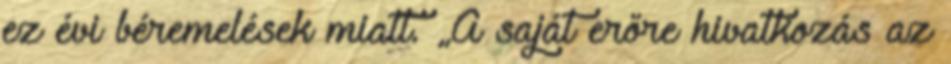
ez évi béremelések miatt. „A saját erőre hivatkozás az